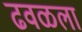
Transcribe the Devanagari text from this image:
ढवळला